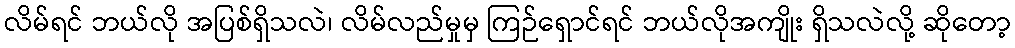
လိမ်ရင် ဘယ်လို အပြစ်ရှိသလဲ၊ လိမ်လည်မှုမှ ကြဉ်ရှောင်ရင် ဘယ်လိုအကျိုး ရှိသလဲလို့ ဆိုတော့